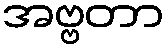
အဗ္ဗတာ